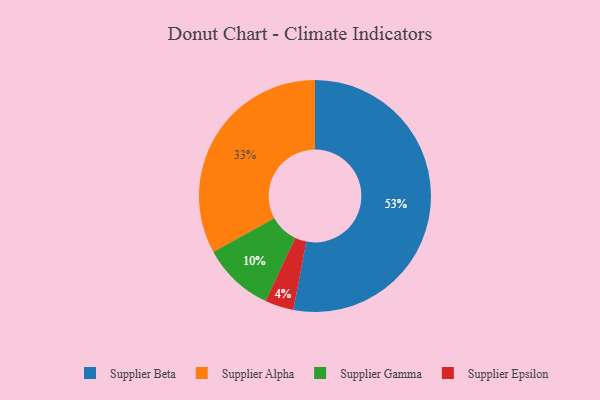
{"axis": {"x": "Category", "y": "Percentage"}, "legend": ["Supplier Alpha", "Supplier Beta", "Supplier Epsilon", "Supplier Gamma"], "data": [{"x": "Supplier Gamma", "y": 10, "type": "Supplier Gamma"}, {"x": "Supplier Beta", "y": 53, "type": "Supplier Beta"}, {"x": "Supplier Epsilon", "y": 4, "type": "Supplier Epsilon"}, {"x": "Supplier Alpha", "y": 33, "type": "Supplier Alpha"}]}